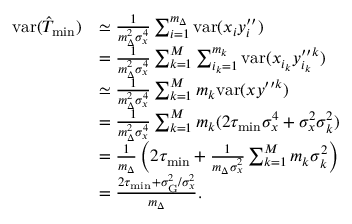
\begin{array} { r l } { \mathrm { v a r } ( \hat { T } _ { \mathrm { m i n } } ) } & { \simeq \frac { 1 } { m _ { \Delta } ^ { 2 } \sigma _ { x } ^ { 4 } } \sum _ { i = 1 } ^ { m _ { \Delta } } \mathrm { v a r } ( x _ { i } y _ { i } ^ { \prime \prime } ) } \\ & { = \frac { 1 } { m _ { \Delta } ^ { 2 } \sigma _ { x } ^ { 4 } } \sum _ { k = 1 } ^ { M } \sum _ { i _ { k } = 1 } ^ { m _ { k } } \mathrm { v a r } ( x _ { i _ { k } } y _ { i _ { k } } ^ { \prime \prime k } ) } \\ & { \simeq \frac { 1 } { m _ { \Delta } ^ { 2 } \sigma _ { x } ^ { 4 } } \sum _ { k = 1 } ^ { M } m _ { k } \mathrm { v a r } ( x y ^ { \prime \prime k } ) } \\ & { = \frac { 1 } { m _ { \Delta } ^ { 2 } \sigma _ { x } ^ { 4 } } \sum _ { k = 1 } ^ { M } m _ { k } ( 2 \tau _ { \mathrm { m i n } } \sigma _ { x } ^ { 4 } + \sigma _ { x } ^ { 2 } \sigma _ { k } ^ { 2 } ) } \\ & { = \frac { 1 } { m _ { \Delta } } \left( 2 \tau _ { \mathrm { m i n } } + \frac { 1 } { m _ { \Delta } \sigma _ { x } ^ { 2 } } \sum _ { k = 1 } ^ { M } m _ { k } \sigma _ { k } ^ { 2 } \right) } \\ & { = \frac { 2 \tau _ { \mathrm { m i n } } + \sigma _ { \mathrm { G } } ^ { 2 } / \sigma _ { x } ^ { 2 } } { m _ { \Delta } } . } \end{array}